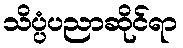
သိပ္ပံပညာဆိုင်ရာ